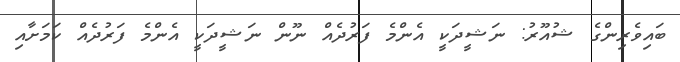
ބައިވެރިންގެ ޝުއޫރު: ނަޝީދަކީ އެންމެ ފަރުދެއް ނޫން ނަޝީދަކީ އެންމެ ފަރުދެއް ކަމަށާއި